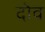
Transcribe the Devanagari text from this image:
दोव